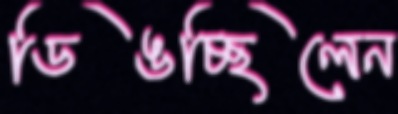
ডিঙচ্ছিলেন